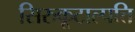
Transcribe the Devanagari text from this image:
सिरुकूटाल्पत्ति